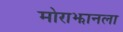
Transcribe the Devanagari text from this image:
मोराझानला